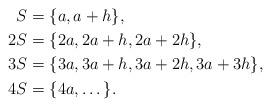
LaTeX: \begin{align*}S & = \{a, a+h \},\\2 S & = \{2a, 2a+h, 2a+ 2h \},\\3 S & = \{3a, 3a+h, 3a+ 2h, 3a + 3h \},\\4 S & = \{4a, \dots \}.\end{align*}